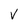
Character: V